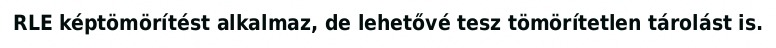
RLE képtömörítést alkalmaz, de lehetővé tesz tömörítetlen tárolást is.